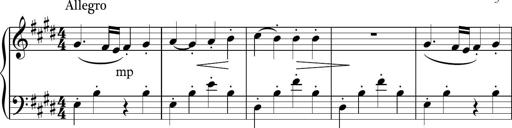
Title: Sonatina n.3
Composer: Tatiana Stankovych
Key: E major